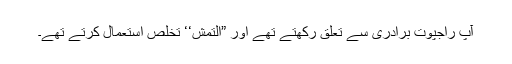
آپ راجپوت برادری سے تعلق رکھتے تھے اور ”التمش‘‘ تخلص استعمال کرتے تھے۔